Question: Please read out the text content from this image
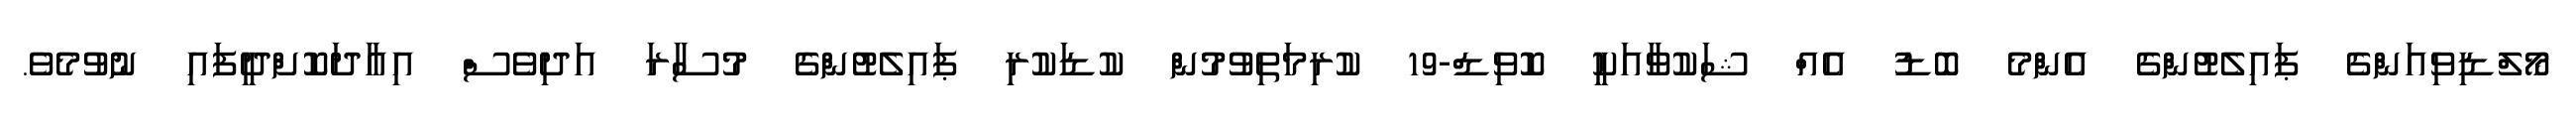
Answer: މޯލްޑިވިއަންގެ ޕައިލެޓުންގެ އެންމެ ބޮޑު އެއް ޝަކުވާއަކީ ކޮވިޑް-19 ކުރިމަތިވުމުން ކުޑަކުރި ޕައިލެޓުންގެ މުސާރަ އަދިވެސް އިއާދަކޮށްދީފައި ނުވުމެވެ.